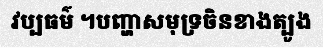
វប្បធម៌ ។បញ្ហាសមុទ្រចិនខាងត្បូង